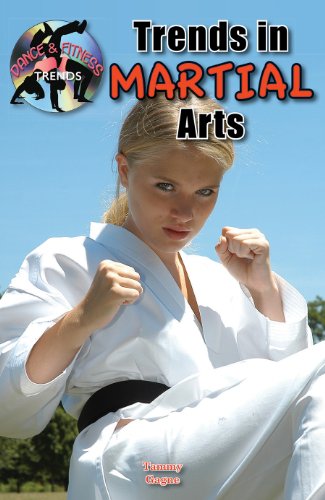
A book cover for Trends in Martial Arts (Dance and Fitness Trends) (Dance & Fitness Trends); Tammy Gagne; Teen & Young Adult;